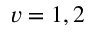
v = 1 , 2